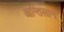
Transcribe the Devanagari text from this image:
आन्तिलान